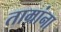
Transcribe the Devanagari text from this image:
ताम्रांना